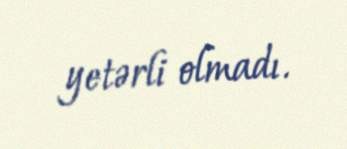
yetərli olmadı.